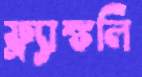
ফ্র্যাঙ্কলি